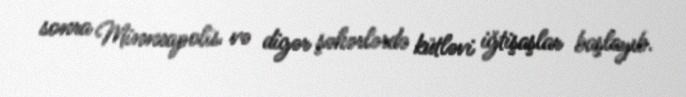
sonra Minneapolis və digər şəhərlərdə kütləvi iğtişaşlar başlayıb.